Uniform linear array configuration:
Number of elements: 32
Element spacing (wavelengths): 0.5
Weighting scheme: uniform
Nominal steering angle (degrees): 60
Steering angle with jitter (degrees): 61.818
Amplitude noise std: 0.05
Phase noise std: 0.05

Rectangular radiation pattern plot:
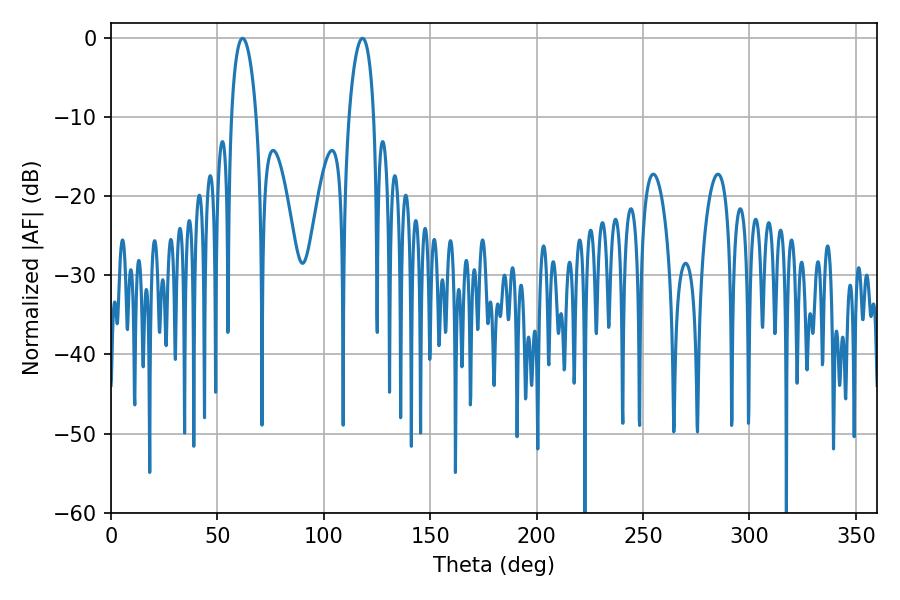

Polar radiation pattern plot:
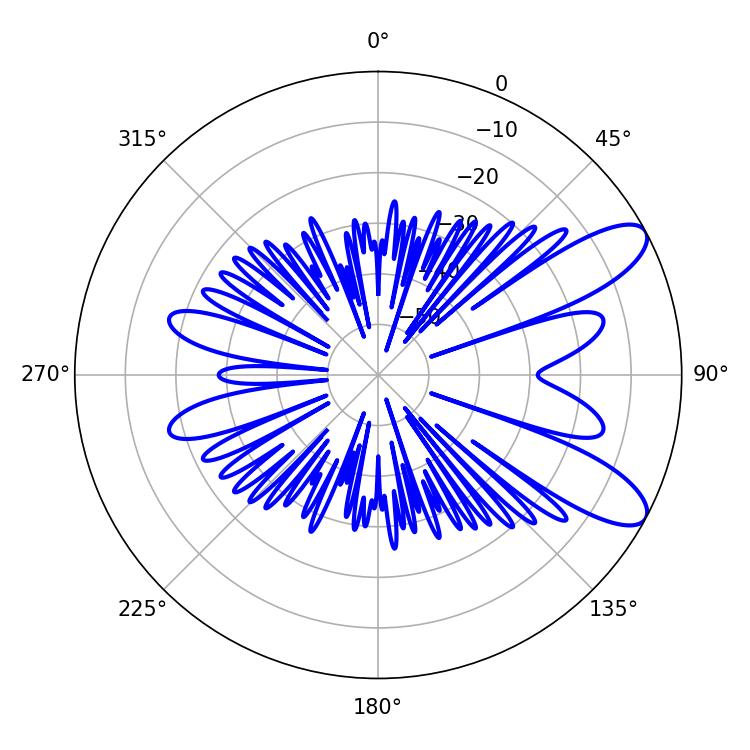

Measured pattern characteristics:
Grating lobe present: FALSE
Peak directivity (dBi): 9.485
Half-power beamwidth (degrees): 6.66
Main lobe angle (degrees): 61.74